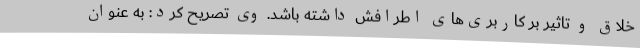
خلاق و تاثیر بر کاربری‌های اطرافش داشته باشد. وی تصریح کرد: به عنوان